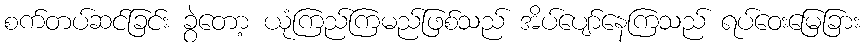
စက်တပ်ဆင်ခြင်း ခွဲတော့ ယုံကြည်ကြမည်ဖြစ်သည် အိပ်ပျော်နေကြသည် ရပ်ဝေးမြေခြား